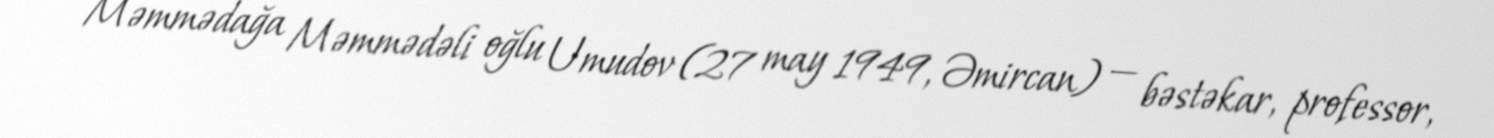
Məmmədağa Məmmədəli oğlu Umudov (27 may 1949, Əmircan) — bəstəkar, professor,